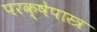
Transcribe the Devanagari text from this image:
परक्षेपास्त्र